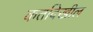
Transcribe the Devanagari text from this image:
कर्तादेखील